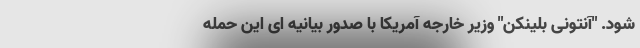
شود. "آنتونی بلینکن" وزیر خارجه آمریکا با صدور بیانیه ای این حمله